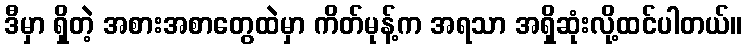
ဒီမှာ ရှိတဲ့ အစားအစာတွေထဲမှာ ကိတ်မုန့်က အရသာ အရှိဆုံးလို့ထင်ပါတယ်။